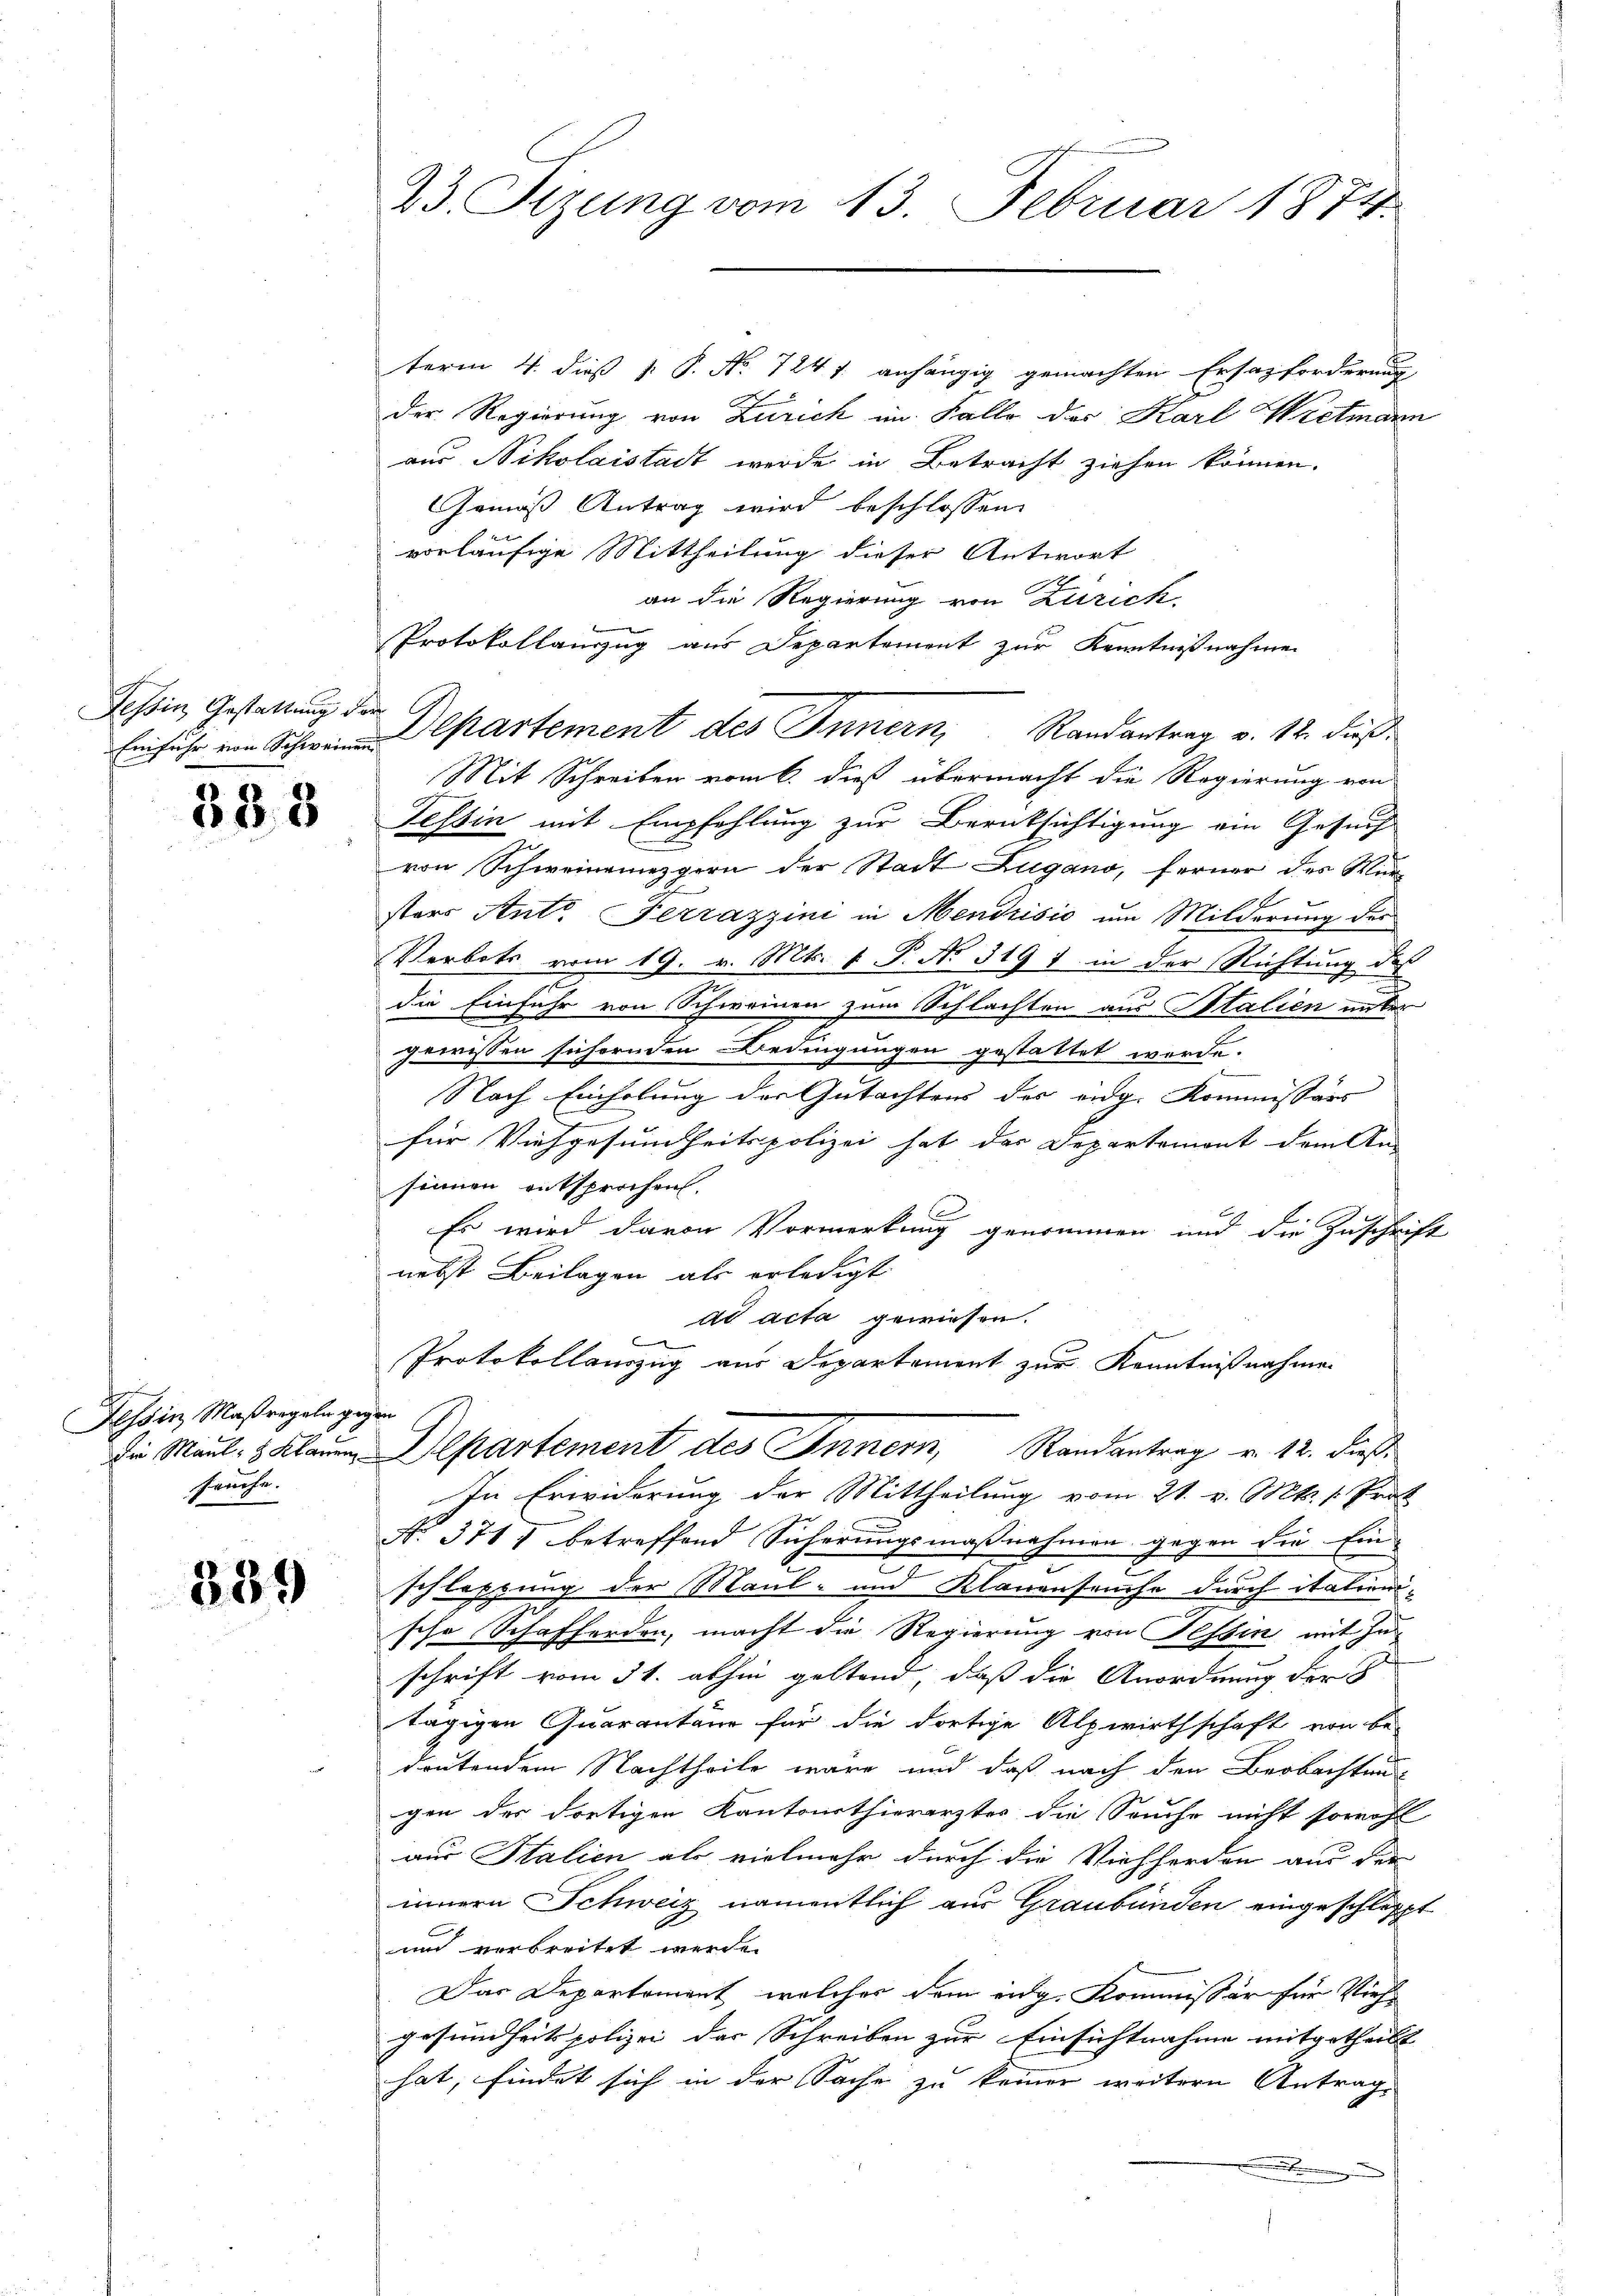
Tessin Gestattung der

338

e
Hessin Maßregeln gegen
die Maul- & Klaren
früche.

389

23. Sizung vom 13. Februar 1874.

term 4. dieß P. P. Nr. 724 f. anhängig gemachten Ersazforderung
der Regierung von Zürich im Falle des Karl Wietmann
aus Nikolaistadt werde in Betracht ziehen können.
Gemäß Antrag wird beschlossen:
vorläufige Mittheilung dieser Antwort
an die Regierung von Zürich,
Protokollauszug aus Departement zur Kenntnißnahmen
Mit Schreiben vom 6. dieß übermacht die Regierung von
Tessin mit Empfehlung zur Berüksichtigung ein Gesuch
von Schweinemezgern der Stadt Lugano, ferner des Mun
sters Ant. Ferrazzini in Mendrisio um Milderung der
Verbots vom 19. v. Mts. v. P. No 319 7 in der Richtung des
die Einfuhr von Schweinen zum Schlachten aus Stalien unter
gewissen sichernden Bedingungen gestattet werde.
Nach Einholung der Gutachtens der eidg. Kommissärs
e
für Viehgesundheitspolizei hat das Departement dem Am
sinnen entsprochen.
Es wird davon Vormerkung genommen und die Zuschrift
nebst Beilagen als erledigt
ad acta gewiesen.
Protokollauszug aus Departement zur Kenntnißnahmen
Departement des Innern, Randantrag v. 12. dieß
In Erwiderung der Mittheilung vom 21. v. Mts. v. Prot
No. 3717 betreffend Sicherungsmaßnahmen gegen die Einschlassung der Maul- und Klauenseuche durch itations-
sche Schafferden, macht die Regierung von Tessin mit Inschrift vom 31. abhin geltend, daß die Anordnung der
tägigen Quarantäur für die dortige Alpwirthschaft von be-
drutendem Nachtheile wäre und daß nach den Beobachten
gen des dortigen Kantonsthierarztes die Seuche nicht sowohl
aus Stalien als vielmehr durch die Viehherden aus der
innern Schweiz namentlich aus Graubünden eingeschleppt
und verbreitet werde.
Das Departement, welches dem eidg. Kommissär für Vieh-
gesundheitspolizei das Schreiben zur Einsichtnahme mitgetheilt
hat, findet sich in der Sache zu keimer weitern Antrag
i

Einfuhr von Schen partement des Innern, Randantrag v. 12. dieß